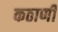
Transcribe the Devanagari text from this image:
कठाणी